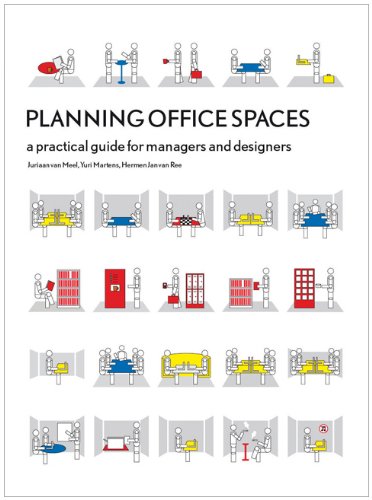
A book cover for Planning Office Spaces: A Practical Guide for Managers and Designers; Juriaan van Meel; Business & Money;